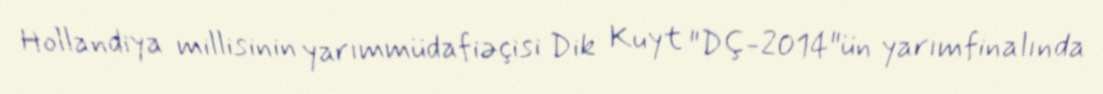
Hollandiya millisinin yarımmüdafiəçisi Dik Kuyt "DÇ-2014"ün yarımfinalında